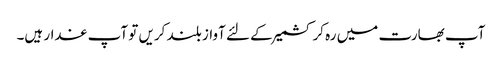
آپ بھارت میں رہ کر کشمیر کے لئے آواز بلند کریں تو آپ غدار ہیں۔